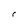
Character: r